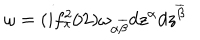
\omega = ( i f _ { \pi } ^ { 2 } / 2 ) \omega _ { \alpha \overline { { { \beta } } } } d z ^ { \alpha } d z ^ { \overline { { { \beta } } } }